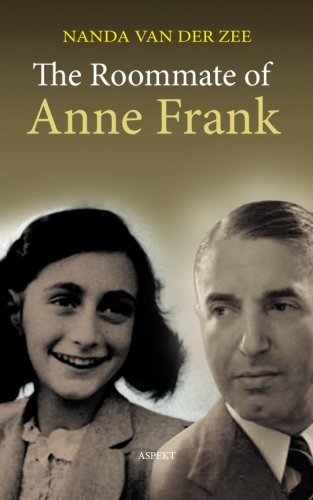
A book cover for The Roommate of Anne Frank; Nanda Van Der Zee; History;